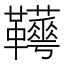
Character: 𩎁